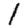
Digit: 1